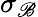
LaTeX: \sigma_{\mathscr{B}}